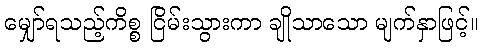
မျှော်ရသည့်ကိစ္စ ငြိမ်းသွားကာ ချိုသာသော မျက်နှာဖြင့်။